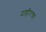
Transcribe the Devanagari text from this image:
दाहीरचा